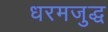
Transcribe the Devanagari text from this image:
धरमजुद्ध